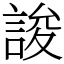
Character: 誜